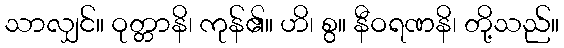
သာလျှင်။ ဝုတ္တာနိ၊ ကုန်၏။ ဟိ၊ စွ။ နီဝရဏနိ၊ တို့သည်။